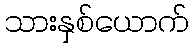
သားနှစ်ယောက်